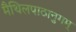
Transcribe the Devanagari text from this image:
मैथिलपाठानुगम्